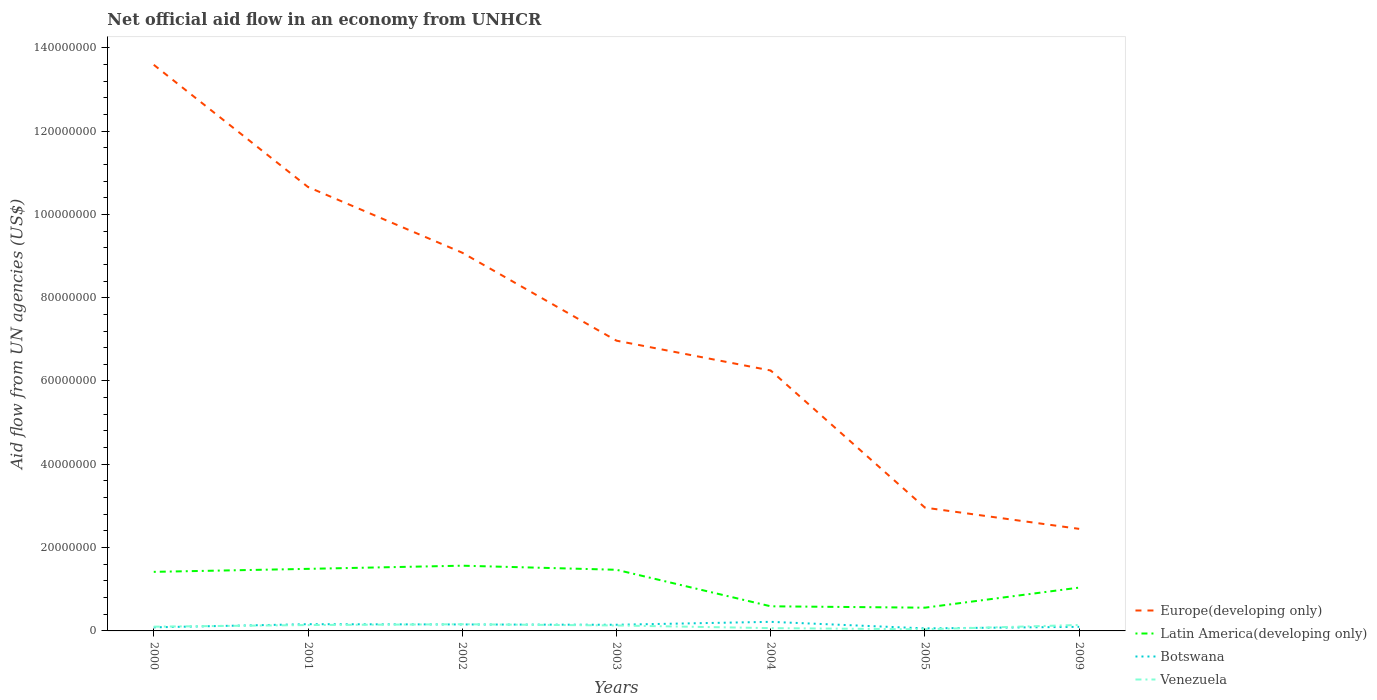
| Years | Europe(developing only) | Latin America(developing only) | Botswana | Venezuela |
 | --- | --- | --- | --- | --- |
 | 2000 | 1.36e+08 | 1.42e+07 | 8.6e+05 | 1.02e+06 |
 | 2001 | 1.07e+08 | 1.49e+07 | 1.62e+06 | 1.41e+06 |
 | 2002 | 9.08e+07 | 1.57e+07 | 1.55e+06 | 1.6e+06 |
 | 2003 | 6.97e+07 | 1.47e+07 | 1.48e+06 | 1.31e+06 |
 | 2004 | 6.25e+07 | 5.91e+06 | 2.18e+06 | 6.7e+05 |
 | 2005 | 2.96e+07 | 5.58e+06 | 6.1e+05 | 3.9e+05 |
 | 2009 | 2.45e+07 | 1.04e+07 | 9.8e+05 | 1.43e+06 |